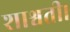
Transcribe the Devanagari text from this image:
शाश्वती।